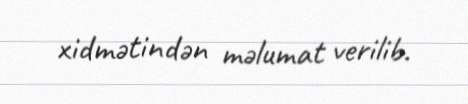
xidmətindən məlumat verilib.